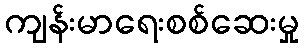
ကျန်းမာရေးစစ်ဆေးမှု